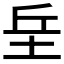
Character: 𡊣